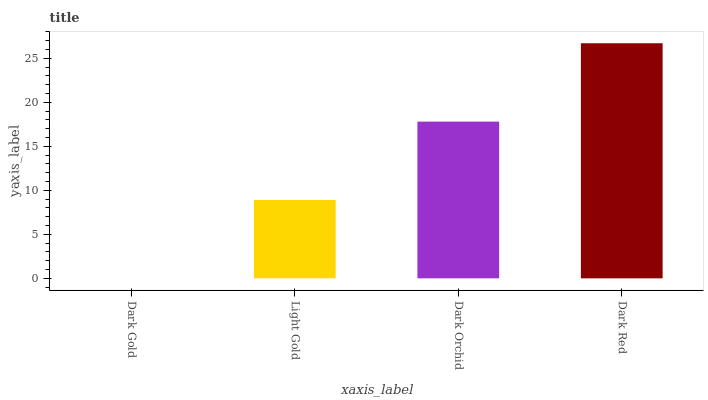
| xaxis_label | bars |
 | --- | --- |
 | Dark Gold | 0 |
 | Light Gold | 8.9 |
 | Dark Orchid | 17.8 |
 | Dark Red | 26.7 |